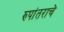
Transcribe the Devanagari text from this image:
रुपांतराचे